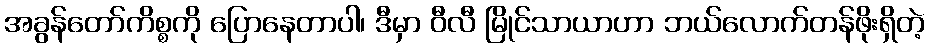
အခွန်တော်ကိစ္စကို ပြောနေတာပါ၊ ဒီမှာ ဝီလီ မြိုင်သာယာဟာ ဘယ်လောက်တန်ဖိုးရှိတဲ့